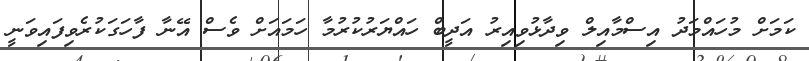
ކަމަށް މުހައްމަދު އިސްމާއިލް ވިދާޅުވިއިރު އަދީބް ހައްޔަރުކުރުމާ ހަމައަށް ވެސް އޭނާ ފާހަގަކުރެވިފައިވަނީ